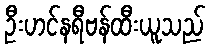
ဦးဟင်နရီဗန်ထီးယူသည်